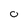
Character: o